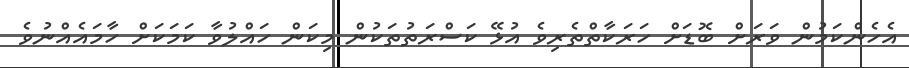
އެހެންކަމުން ވަރަށް ބޮޑަށް ހަރަކާތްތެރިވެ އުޅޭ ކަސްރަތުތަކުން މިކަން ހައްލުވާ ކަމަކަށް ހާމައެއްނުވެ